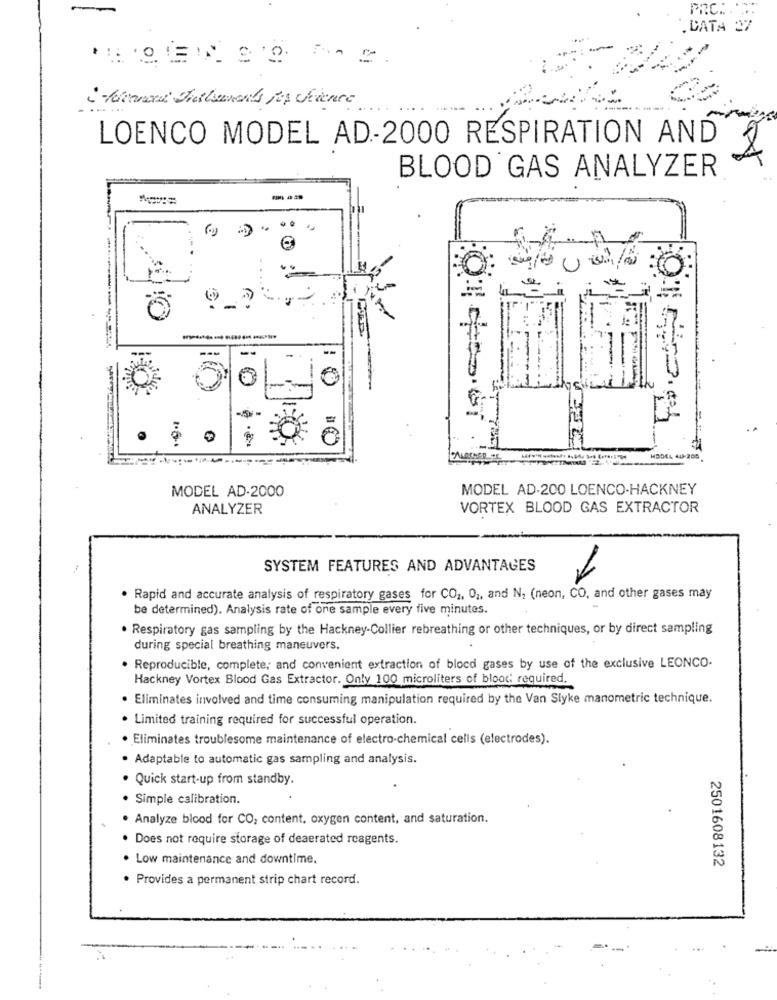
--
PRC ..
DATA 27
LOENCO MODEL AD-2000 RESPIRATION AND
BLOOD GAS ANALYZER
--
---
--
--
-
MODEL AD.200 LOENCO-HACKNEY
MODEL AD-2000
ANALYZER
VORTEX BLOOD GAS EXTRACTOR
SYSTEM FEATURES AND ADVANTAGES
· Rapid and accurate analysis of respiratory gases for CO2, 0 ,, and N2 (neon, CO, and other gases may
be determined). Analysis rate of one sample every five minutes.
. Respiratory gas sampling by the Hackney-Collier rebreathing or other techniques, or by direct sampling
during special breathing maneuvers.
. Reproducible, complete; and convenient extraction of blocd gases by use of the exclusive LEONCO.
Hackney Vortex Blood Gas Extractor. Only 100 microliters of blood required,
· Eliminates involved and time consuming manipulation required by the Van Slyke manometric technique.
. Limited training required for successful operation.
· Eliminates troublesome maintenance of electro-chemical cells (electrodes).
· Adaptable to automatic gas sampling and analysis.
· Quick start-up from standby.
· Simple calibration.
·Analyze blood for CO; content, oxygen content, and saturation.
· Does not require storage of deaerated reagents.
Low maintenance and downtime.
2501608132
· Provides a permanent strip chart record.